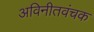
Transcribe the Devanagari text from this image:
अविनीतवंचक